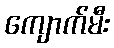
ကျောက်မီး